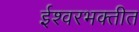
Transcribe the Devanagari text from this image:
ईश्वरभक्तीत